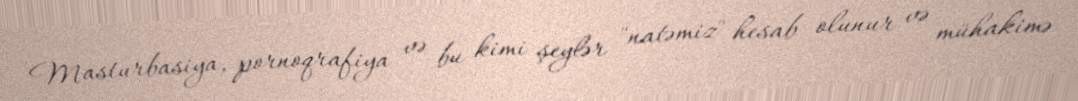
Masturbasiya, pornoqrafiya və bu kimi şeylər "natəmiz" hesab olunur və mühakimə